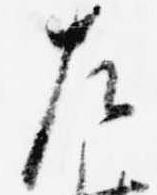
左